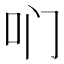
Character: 𫩖